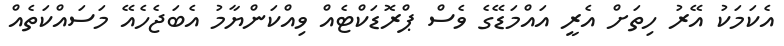
އެކަމަކު އޭރު ހިތަށް އެރީ އައްމަޑޭގެ ވެސް ޕްރޮޑަކްޓެއް ވިއްކަންޔާމު އެބަޖެހެއޭ މަސައްކަތެއް